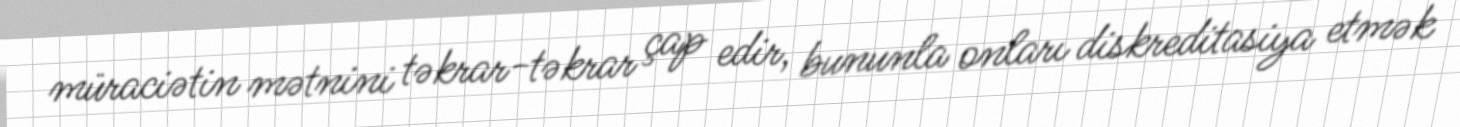
müraciətin mətnini təkrar-təkrar çap edir, bununla onları diskreditasiya etmək